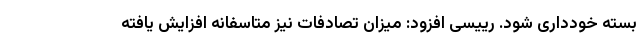
بسته خودداری شود. رییسی افزود: میزان تصادفات نیز متاسفانه افزایش یافته